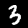
Label: 3